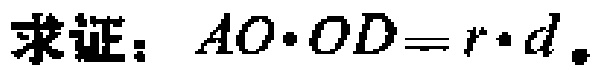
求证：\(AO\cdot OD = r\cdot d\)。